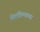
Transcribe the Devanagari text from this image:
मिटविण्याच्या